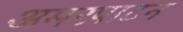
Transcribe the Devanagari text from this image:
अमरपाटन